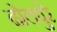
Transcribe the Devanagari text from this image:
ढोलपुरे